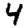
Digit: 4